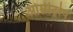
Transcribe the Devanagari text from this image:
ओम्नीट्रोप